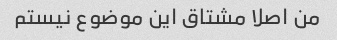
من اصلا مشتاق این موضوع نیستم